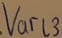
Text: Varl3